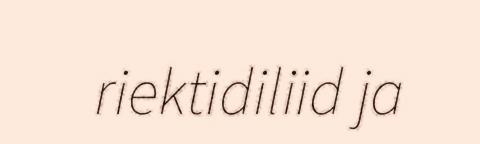
riektidiliid ja